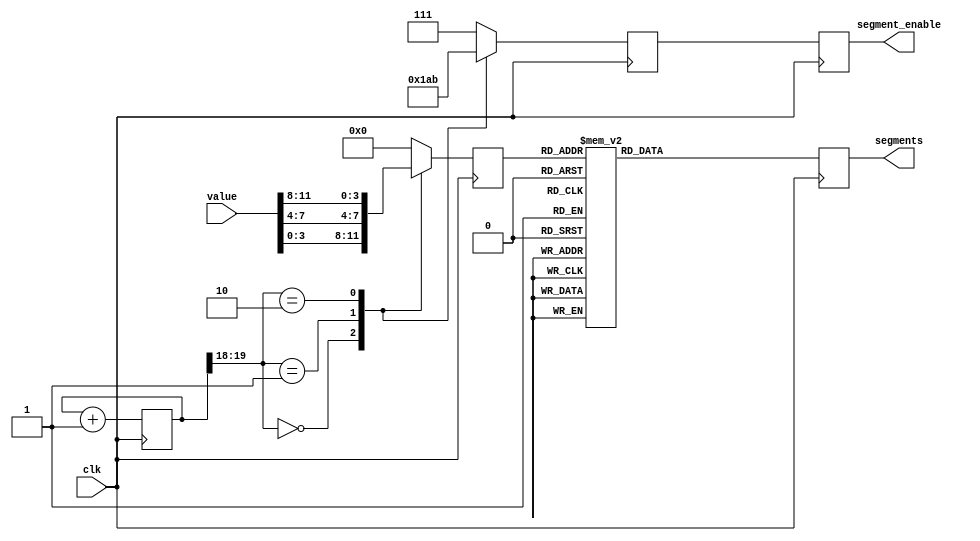
///////////////////////////////////////////////////////////////////////////////
// ./src/debug/seven_segment_driver.v : 
//
//
// Part of the DisplayPort_Verlog project - an open implementation of the 
// DisplayPort protocol for FPGA boards. 
//
// See https://github.com/hamsternz/DisplayPort_Verilog for latest versions.
//
///////////////////////////////////////////////////////////////////////////////
// Version |  Notes
// ----------------------------------------------------------------------------
//   1.0   | Initial Release
//
///////////////////////////////////////////////////////////////////////////////
//
// MIT License
// 
// Copyright (c) 2019 Mike Field
// 
// Permission is hereby granted, free of charge, to any person obtaining a copy
// of this software and associated documentation files (the "Software"), to deal
// in the Software without restriction, including without limitation the rights
// to use, copy, modify, merge, publish, distribute, sublicense, and/or sell
// copies of the Software, and to permit persons to whom the Software is
// furnished to do so, subject to the following conditions:
// 
// The above copyright notice and this permission notice shall be included in all
// copies or substantial portions of the Software.
// 
// THE SOFTWARE IS PROVIDED "AS IS", WITHOUT WARRANTY OF ANY KIND, EXPRESS OR
// IMPLIED, INCLUDING BUT NOT LIMITED TO THE WARRANTIES OF MERCHANTABILITY,
// FITNESS FOR A PARTICULAR PURPOSE AND NONINFRINGEMENT. IN NO EVENT SHALL THE
// AUTHORS OR COPYRIGHT HOLDERS BE LIABLE FOR ANY CLAIM, DAMAGES OR OTHER
// LIABILITY, WHETHER IN AN ACTION OF CONTRACT, TORT OR OTHERWISE, ARISING FROM,
// OUT OF OR IN CONNECTION WITH THE SOFTWARE OR THE USE OR OTHER DEALINGS IN THE
// SOFTWARE.
//
///////////////////////////////////////////////////////////////////////////////
//
// Want to say thanks?
//
// This design has taken many hours - 3 months of work for the initial VHDL
// design, and another month or so to convert it to Verilog for this release.
//
// I'm more than happy to share it if you can make use of it. It is released
// under the MIT license, so you are not under any onus to say thanks, but....
//
// If you what to say thanks for this design either drop me an email, or how about
// trying PayPal to my email (hamster@snap.net.nz)?
//
//  Educational use - Enough for a beer
//  Hobbyist use    - Enough for a pizza
//  Research use    - Enough to take the family out to dinner
//  Commercial use  - A weeks pay for an engineer (I wish!)
//
///////////////////////////////////////////////////////////////////////////////
`timescale 1ns / 1ps

module seven_segment_driver(
    input  wire clk,
    input  wire [11:0] value,
    output reg  [7:0] segments,
    output reg  [2:0] segment_enable
    );
    
reg [39:0] counter;
reg [2:0] next_enable;
reg [3:0] to_decode;
    
always @(posedge clk) begin

//                         Top:RT:RB:Bot:LT:LB:mid:DP
   case (to_decode)
     4'b0000: segments <= 8'b00000011; // 0
     4'b0001: segments <= 8'b10011111; // 1
     4'b0010: segments <= 8'b00100101; // 2 
     4'b0011: segments <= 8'b00001101; // 3  
     4'b0100: segments <= 8'b10011001; // 4
     4'b0101: segments <= 8'b01001001; // 5
     4'b0110: segments <= 8'b01000001; // 6
     4'b0111: segments <= 8'b00011111; // 7 
     4'b1000: segments <= 8'b00000001; // 8
     4'b1001: segments <= 8'b00001001; // 9
     4'b1010: segments <= 8'b00010001; // A
     4'b1011: segments <= 8'b11000001; // B
     4'b1100: segments <= 8'b01100011; // C 
     4'b1101: segments <= 8'b10000101; // D
     4'b1110: segments <= 8'b01100001; // E
     default: segments <= 8'b01110001; // F
   endcase;
    
   segment_enable <= next_enable;

   case (counter[19:18]) 
     2'b00:   begin 
                next_enable <= 3'b110;
                to_decode   <= value[3:0];
              end

     2'b01:   begin
                next_enable <= 3'b101;
                to_decode   <= value[7:4];
              end

     2'b10:   begin
                next_enable <= 3'b011;
                to_decode   <= value[11:8];
              end

     default: begin 
                next_enable <= 3'b111;
                to_decode   <= 4'b0000;
              end
   endcase;          

   counter  <= counter + 1;
end

endmodule